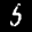
Label: 5